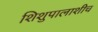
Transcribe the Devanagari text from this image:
शिशुपालाशीच